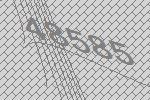
48585